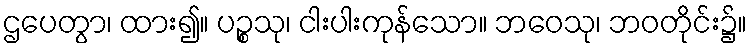
ဌပေတွာ၊ ထား၍။ ပဉ္စသု၊ ငါးပါးကုန်သော။ ဘဝေသု၊ ဘဝတိုင်း၌။